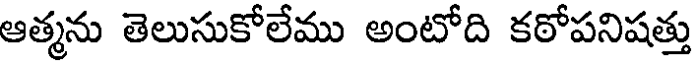
ఆత్మను తెలుసుకోలేము అంటోది కఠోపనిషత్తు